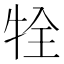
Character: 牷